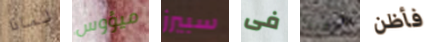
لماذا ميؤوس سبيرز فى أنهينا فأظن